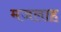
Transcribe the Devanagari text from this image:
मजलाह